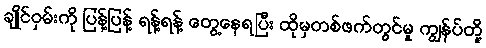
ချိုင်ဝှမ်းကို ပြန့်ပြန့် ရန့်ရန့် တွေ့နေရပြီး ထိုမှတစ်ဖက်တွင်မူ ကျွန်ပ်တို့